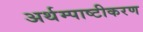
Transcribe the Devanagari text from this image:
अर्थम्पाष्टीकरण